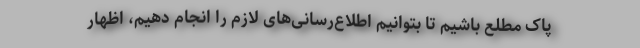
پاک مطلع باشیم تا بتوانیم اطلاع‌رسانی‌های لازم را انجام دهیم، اظهار